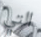
التي